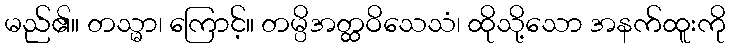
မည်၏။ တသ္မာ၊ ကြောင့်။ တမ္ပိအတ္ထဝိသေသံ၊ ထိုသို့သော အနက်ထူးကို